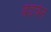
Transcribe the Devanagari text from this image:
बंडचेन